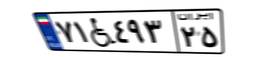
۷۱W۴۹۳۲۵